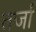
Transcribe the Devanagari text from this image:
तर्जा